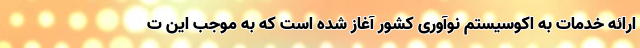
ارائه خدمات به اکوسیستم نوآوری کشور آغاز شده است که به موجب این ت